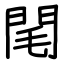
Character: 閐